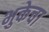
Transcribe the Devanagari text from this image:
भुकेचा